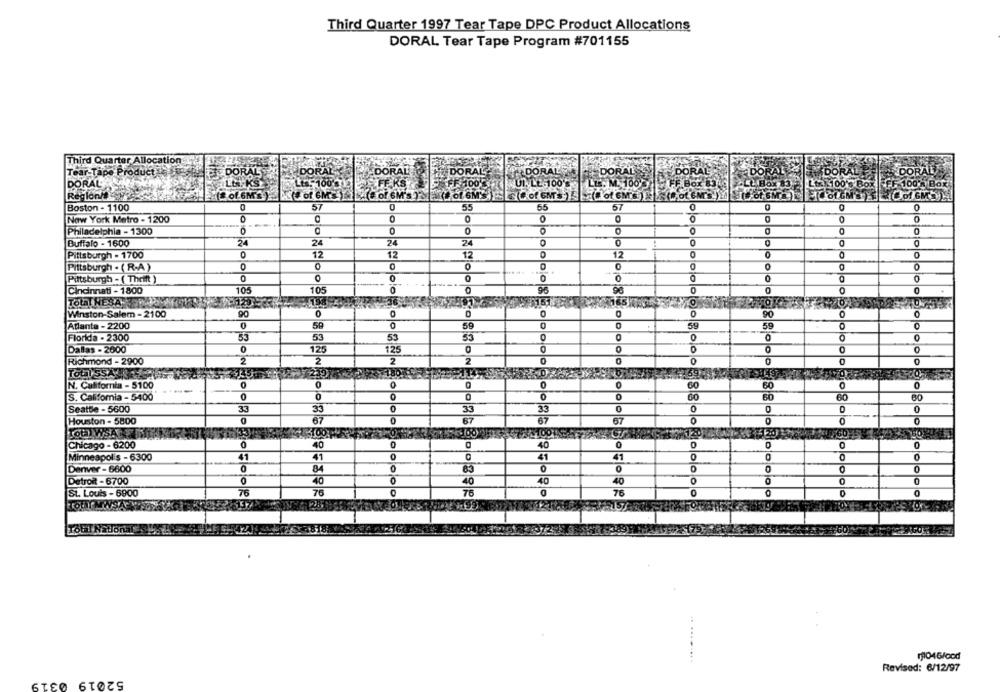
Third Quarter 1997 Tear Tape DPC Product Allocations
DORAL Tear Tape Program #701155
Third Quarter Allocation
Tear-Tape Product
DORAL
DORAL DORAL
DORAL
DORAL
DORAL
DORALP
DORAL
DORAL
LM.KS
FF 1005
UL. LE 100"
LEs. M. 100
FF Box 831
00's Box FF 100 % Box
[ of.6M'S)
Region !!
Boston - 1100
57
0
55
55
57
0
0
New York Metro - 1200
0
0
0
0
Philadelphia - 1300
0
0
Buffalo - 1600
24
OM
24
24
0
O
Pittsburgh - 1700
12
12
12
12
0
0
Pittsburgh . ( R.A)
0
O
0
0
0
0
D
O
0
0
Pittsburgh - ( Thrift )
0
0
0
Cincinnati - 1800
105
105
0
O
0
Total NESA
Winston-Salem - 2100
90
0
0
90
0
0
Atlanta - 2200
0
59
59
59
Florida - 2300
53
53
53
53
0
O
0
0
O
Dallas - 2000
0
12.
12
0
O
2
2
2
0
Richmond - 2900
2
0
Total SSAL
N. California - 5100
0
0
O
0
0
00
60
0
S. California - 5400
0
0
0
o
818
60
Seattle - 5600
33
33
0
33
0
33
0
Houston - 5800
0
67
67
67
67
O
Do
0
Total WSACKED
120R
Chicago - 6200
0
40
0
40
0
0
0
0
Minneapolis - 6300
41
41
0
41
41
0
0
Denver - 6600
0
84
83
0
0
0
O
Detroit - 6700
40
40
40
40
O
0
St. Louis - 6900
76
76
O
76
76
0
Tour
P.157
TOUTNELIon
.. ...
11046/cod
.....
Revised: 6/12/97
52019 0319